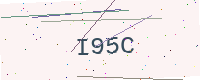
Text: I95C